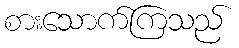
စားသောက်ကြသည်